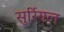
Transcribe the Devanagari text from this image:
सुर्रियल